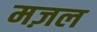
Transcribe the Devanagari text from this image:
मज़ल